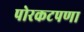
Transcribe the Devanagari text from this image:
पोरकटपणा